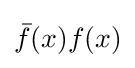
{\bar {f}}(x)f(x)